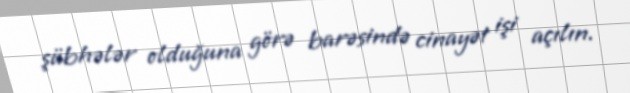
şübhələr olduğuna görə barəsində cinayət işi açılın.